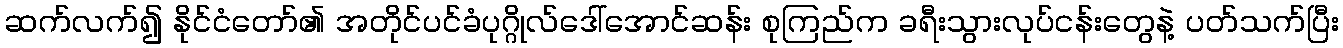
ဆက်လက်၍ နိုင်ငံတော်၏ အတိုင်ပင်ခံပုဂ္ဂိုလ်ဒေါ်အောင်ဆန်း စုကြည်က ခရီးသွားလုပ်ငန်းတွေနဲ့ ပတ်သက်ပြီး